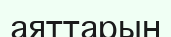
аяттарын